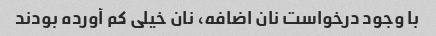
با وجود درخواست نان اضافه، نان خیلی کم آورده بودند